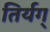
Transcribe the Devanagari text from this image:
तिर्यग्